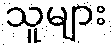
သူများ